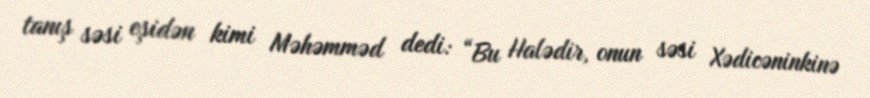
tanış səsi eşidən kimi Məhəmməd dedi: “Bu Halədir, onun səsi Xədicəninkinə